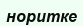
норитке